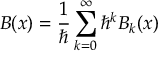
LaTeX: B ( x ) = { \frac { 1 } { \hbar } } \sum _ { k = 0 } ^ { \infty } \hbar ^ { k } B _ { k } ( x )